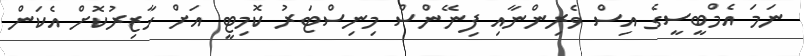
ނަމަ އެމްބީސީގެ އިސް ވެރިންނާއި ފިނޭންސް މިނިސްޓަރު ކޮމިޓީ އަށް ހާޒިރުކޮށް އެކަން